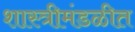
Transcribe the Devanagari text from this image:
शास्त्रीमंडळीत